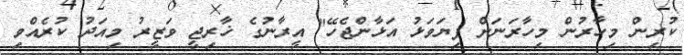
ކުރިން މިހާރުން މިހާރަނަށް ފިޔަވަޅު އަޅާންޖެހޭ" އީރާނުގެ ޚާރިޖީ ވަޒީރު މިއަދު ކުރެއްވި